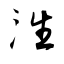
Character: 泩